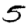
Digit: 5